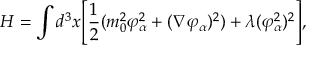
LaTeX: H = \int d ^ { 3 } x \Biggl [ { \frac { 1 } { 2 } } ( m _ { 0 } ^ { 2 } \varphi _ { \alpha } ^ { 2 } + ( \nabla \varphi _ { \alpha } ) ^ { 2 } ) + \lambda ( \varphi _ { \alpha } ^ { 2 } ) ^ { 2 } \Biggr ] , \,